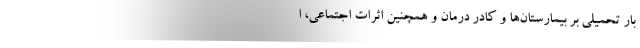
بار تحمیلی بر بیمارستان‌ها و کادر درمان و همچنین اثرات اجتماعی، ا